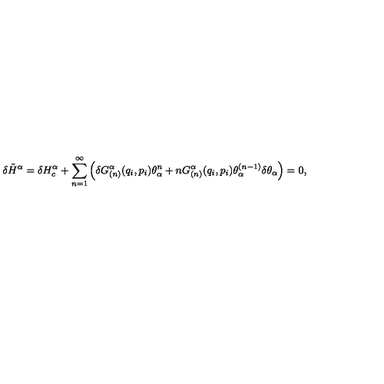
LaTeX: \delta \tilde { H } ^ { \alpha } = \delta H _ { c } ^ { \alpha } + \sum _ { n = 1 } ^ { \infty } \left( \delta G _ { ( n ) } ^ { \alpha } ( q _ { i } , p _ { i } ) \theta _ { \alpha } ^ { n } + n G _ { ( n ) } ^ { \alpha } ( q _ { i } , p _ { i } ) \theta _ { \alpha } ^ { ( n - 1 ) } \delta \theta _ { \alpha } \right) = 0 ,